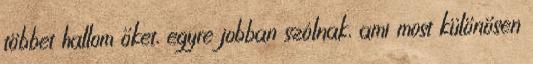
többet hallom őket, egyre jobban szólnak, ami most különösen